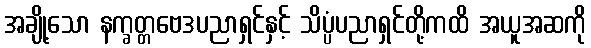
အချို့သော နက္ခတ္တဗေဒပညာရှင်နှင့် သိပ္ပံပညာရှင်တို့ကထိ အယူအဆကို